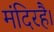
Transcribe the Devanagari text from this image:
मंदिरहै।